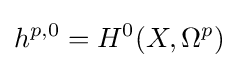
h^{p,0}=H^{0}(X,\Omega ^{p})